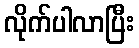
လိုက်ပါလာပြီး